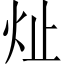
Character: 𪸔